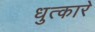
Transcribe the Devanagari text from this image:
धुत्कारे